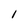
Character: l